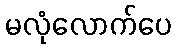
မလုံလောက်ပေ